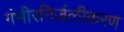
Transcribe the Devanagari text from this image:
गंभीरनिर्जलीकरण